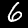
Digit: 6